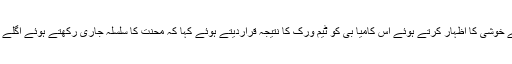
میچ میں کامیابی پر کپتان سرفراز احمد نے خوشی کا اظہار کرتے ہوئے اس کامیا بی کو ٹیم ورک کا نتیجہ قراردیتے ہوئے کہا کہ محنت کا سلسلہ جاری رکھتے ہوئے اگلے میچ میں بھی کامیابی اپنے نام کریں گے ۔